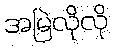
အမြဲလိုလို